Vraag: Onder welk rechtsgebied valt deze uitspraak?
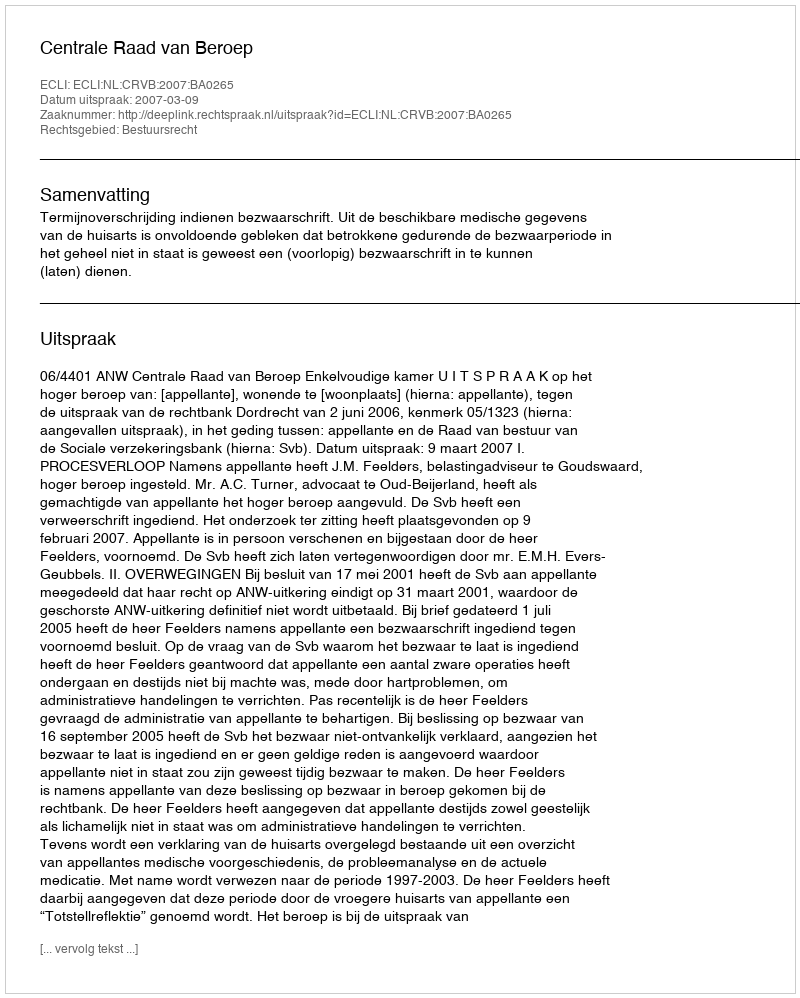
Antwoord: Bestuursrecht